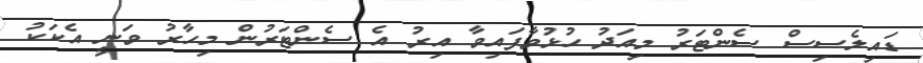
ޑައިލެސިސް ސެންޓަރު މިއަދު ހުޅުވާފައިވާ އިރު އެ ސެންޓަރުން މިހާރު ވަނީ އެކަކު